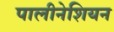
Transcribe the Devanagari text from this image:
पालीनेशियन